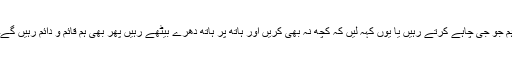
ہم جو جی چاہے کرتے رہیں یا یوں کہہ لیں کہ کچھ نہ بھی کریں اور ہاتھ پر ہاتھ دھرے بیٹھے رہیں پھر بھی ہم قائم و دائم رہیں گے۔